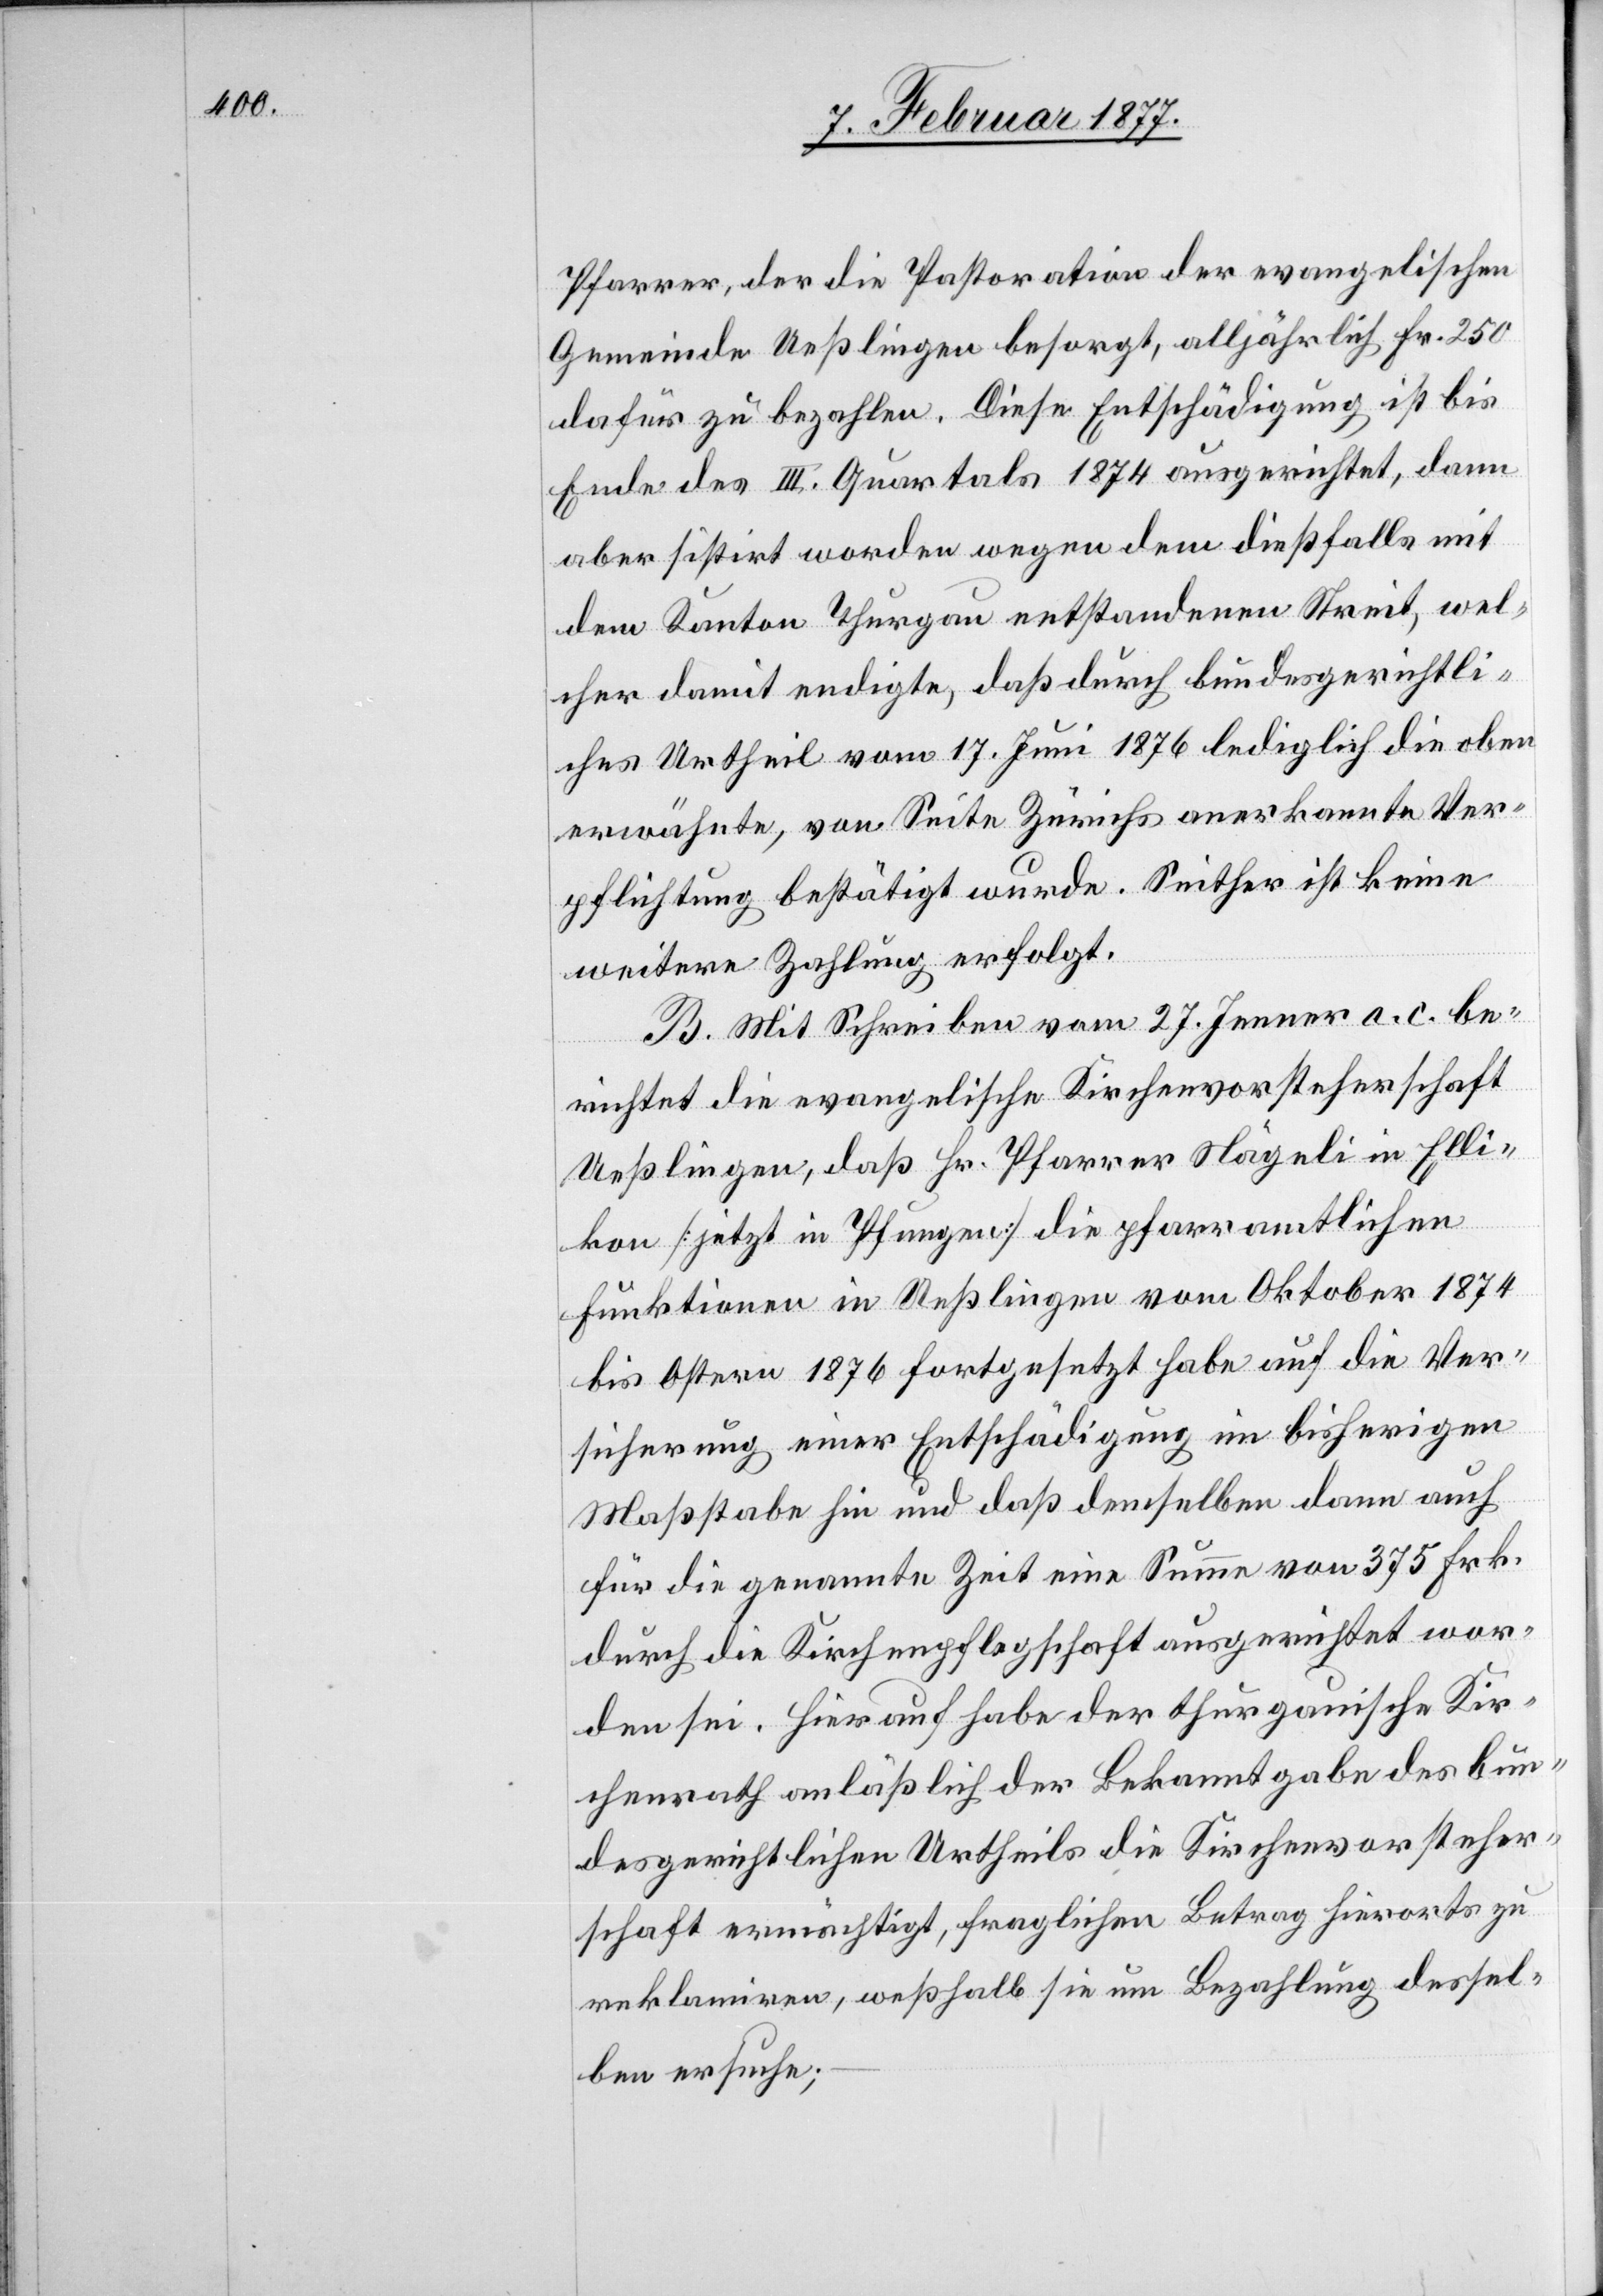
Pfarrer, der die Pastoration der evangelischen
Gemeinde Ueßlingen besorgt, alljährlich Fr. 250
dafür zu bezahlen. Diese Entschädigung ist bis
Ende des III. Quartals 1874 ausgerichtet, dann
aber sistirt worden wegen dem dießfalls mit
dem Kanton Thurgau entstandenen Streit, wel¬
cher damit endigte, daß durch bundesgerichtli¬
ches Urtheil vom 17. Juni 1876 lediglich die oben
erwähnte, von Seite Zürichs anerkannte Ver¬
pflichtung bestätigt wurde. Seither ist keine
weitere Zahlung erfolgt.
B. Mit Schreiben vom 27. Jenner a. c. be¬
richtet die evangelische Kirchenvorsteherschaft
Ueßlingen, daß Hr. Pfarrer Nägeli in Elli¬
kon [jetzt in Pfungen] die pfarramtlichen
Funktionen in Ueßlingen vom Oktober 1874
bis Ostern 1876 fortgesetzt habe auf die Ver¬
sicherung einer Entschädigung im bisherigen
Maßstabe hin und daß demselben dann auch
für die genannte Zeit eine Summe von 375 Frk.
durch die Kirchenpflegschaft ausgerichtet wor¬
den sei. Hierauf habe der thurgauische Kir¬
chenrath anläßlich der Bekanntgabe des bun¬
desgerichtlichen Urtheils die Kirchenvorsteher¬
schaft ermächtigt, fraglichen Betrag hierorts zu
reklamiren, weßhalb sie um Bezahlung dessel¬
ben ersuche;